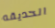
الحديقه